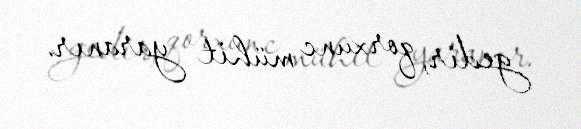
gedir, qorxunc mühit yaranır.